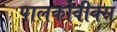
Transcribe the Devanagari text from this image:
पालकोवीक्स